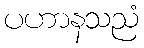
ပဟာနသညံ